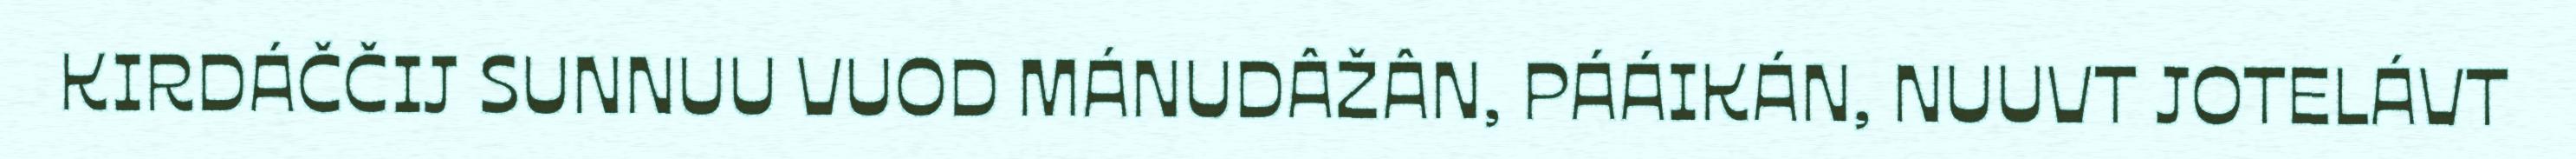
KIRDÁČČIJ SUNNUU VUOD MÁNUDÂŽÂN, PÁÁIKÁN, NUUVT JOTELÁVT